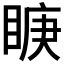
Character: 𭾿